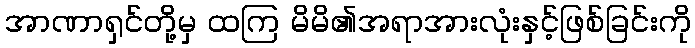
အာဏာရှင်တို့မှ ထကြ မိမိ၏အရာအားလုံးနှင့်ဖြစ်ခြင်းကို